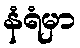
နံရံမှာ